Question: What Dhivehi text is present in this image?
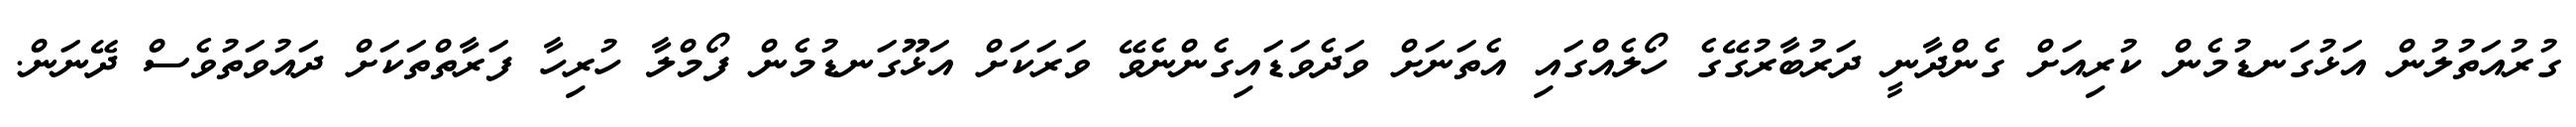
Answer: ގުރުއަތުލުން އަޅުގަނޑުމެން ކުރިއަށް ގެންދާނީ ދަރުބާރުގޭގެ ހޯލެއްގައި އެތަނަށް ވަދެވަޑައިގެންނެވޭ ވަރަކަށް އަޅޫގަނޑުމެން ފޯމްލާ ހުރިހާ ފަރާތްތަކަށް ދައުވަތުވެސް ދޭނަން.